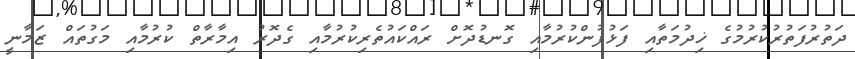
ދަތުރުފަތުރުކުރުމުގެ ޚިދުމަތާއި ފަޅުފުންކުރުމާއި ގޮނޑުދޮށް ރައްކައުތެރިކުރުމާއި ގެދޮރު އިމާރާތް ކުރުމާއި މަގުތައް ޒަމާނީ